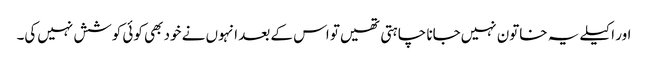
اور اکیلے یہ خاتون نہیں‌جانا چاہتی تھیں‌تو اس کے بعد انہوں نے خود بھی کوئی کوشش نہیں‌کی۔